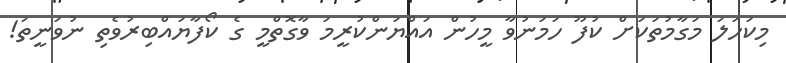
މިކަހަލަ މަގާމުތަކަށް ކުފޫ ހަމަނުވާ މީހުން އައްޔަންކުރީމަ ވާގޮތްމީ ގެ ކޯފާޔައްބިރުވެތި ނުވަނީތަ!